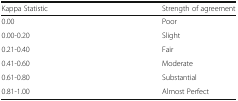
| Kappa Statistic | Strength of agreement |
 | --- | --- |
 | 0.00 | Poor |
 | 0.00-0.20 | Slight |
 | 0.21-0.40 | Fair |
 | 0.41-0.60 | Moderate |
 | 0.61-0.80 | Substantial |
 | 0.81-1.00 | Almost Perfect |